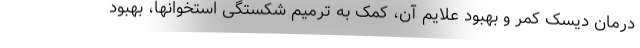
درمان دیسک کمر و بهبود علایم آن، کمک به ترمیم شکستگی استخوانها، بهبود